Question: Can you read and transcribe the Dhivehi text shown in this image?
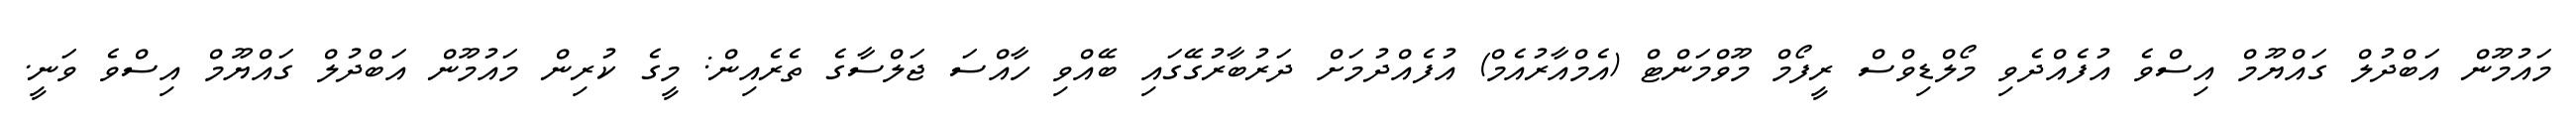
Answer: މައުމޫން އަބްދުލް ގައްޔޫމް އިސްވެ އުފެއްދެވި މޯލްޑިވްސް ރީފޯމް މޫވްމަންޓް (އެމްއާރުއެމް) އުފެއްދުމަށް ދަރުބާރުގޭގައި ބޭއްވި ހާއްސަ ޖަލްސާގެ ތެރެއިން: މީގެ ކުރިން މައުމޫން އަބްދުލް ގައްޔޫމް އިސްވެ ވަނީ.